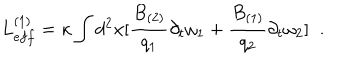
L _ { e f f } ^ { ( 1 ) } = \kappa \int d ^ { 2 } x [ \frac { B _ { ( 2 ) } } { q _ { 1 } } \partial _ { t } \omega _ { 1 } + \frac { B _ { ( 1 ) } } { q _ { 2 } } \partial _ { t } \omega _ { 2 } ] \; \; .